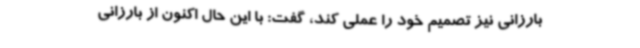
بارزانی نیز تصمیم خود را عملی کند، گفت: با این حال اکنون از بارزانی